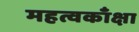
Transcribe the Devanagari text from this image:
महत्वकाँक्षा